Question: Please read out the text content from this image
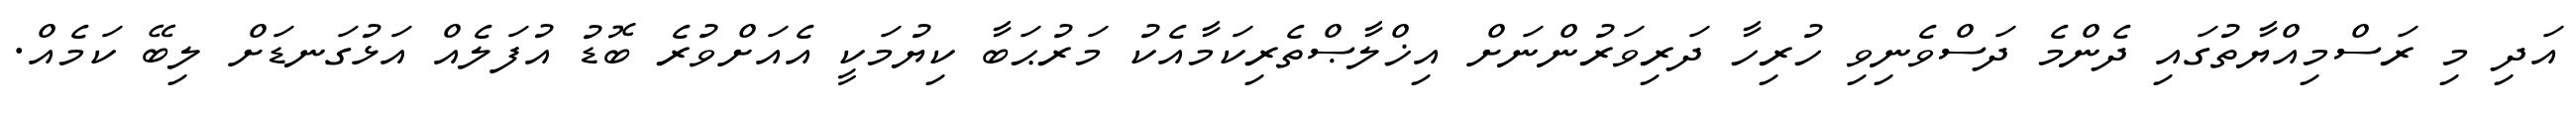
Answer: އަދި މި ރަސްމިއްޔާތުގައި ދެންމެ ދަސްވެނިވި ހުރިހާ ދަރިވަރުންނަށް އިޚްލާޞްތެރިކަމާއެކު މަރުޙަބާ ކިޔުމަކީ އެއަށްވުރެ ބޮޑު އުފަލެއް އަޅުގަނޑަށް ލިބޭ ކަމެއް.